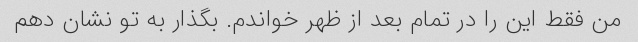
من فقط این را در تمام بعد از ظهر خواندم. بگذار به تو نشان دهم